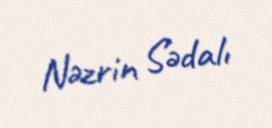
Nəzrin Sədalı